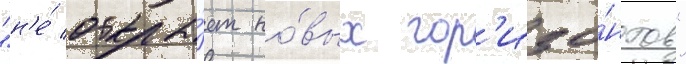
"н'е́ открыва́ет но́вых гор'изо́нтов"